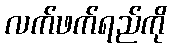
လက်ဖက်ရည်ကို